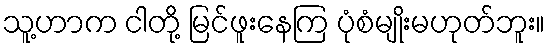
သူ့ဟာက ငါတို့ မြင်ဖူးနေကြ ပုံစံမျိုးမဟုတ်ဘူး။